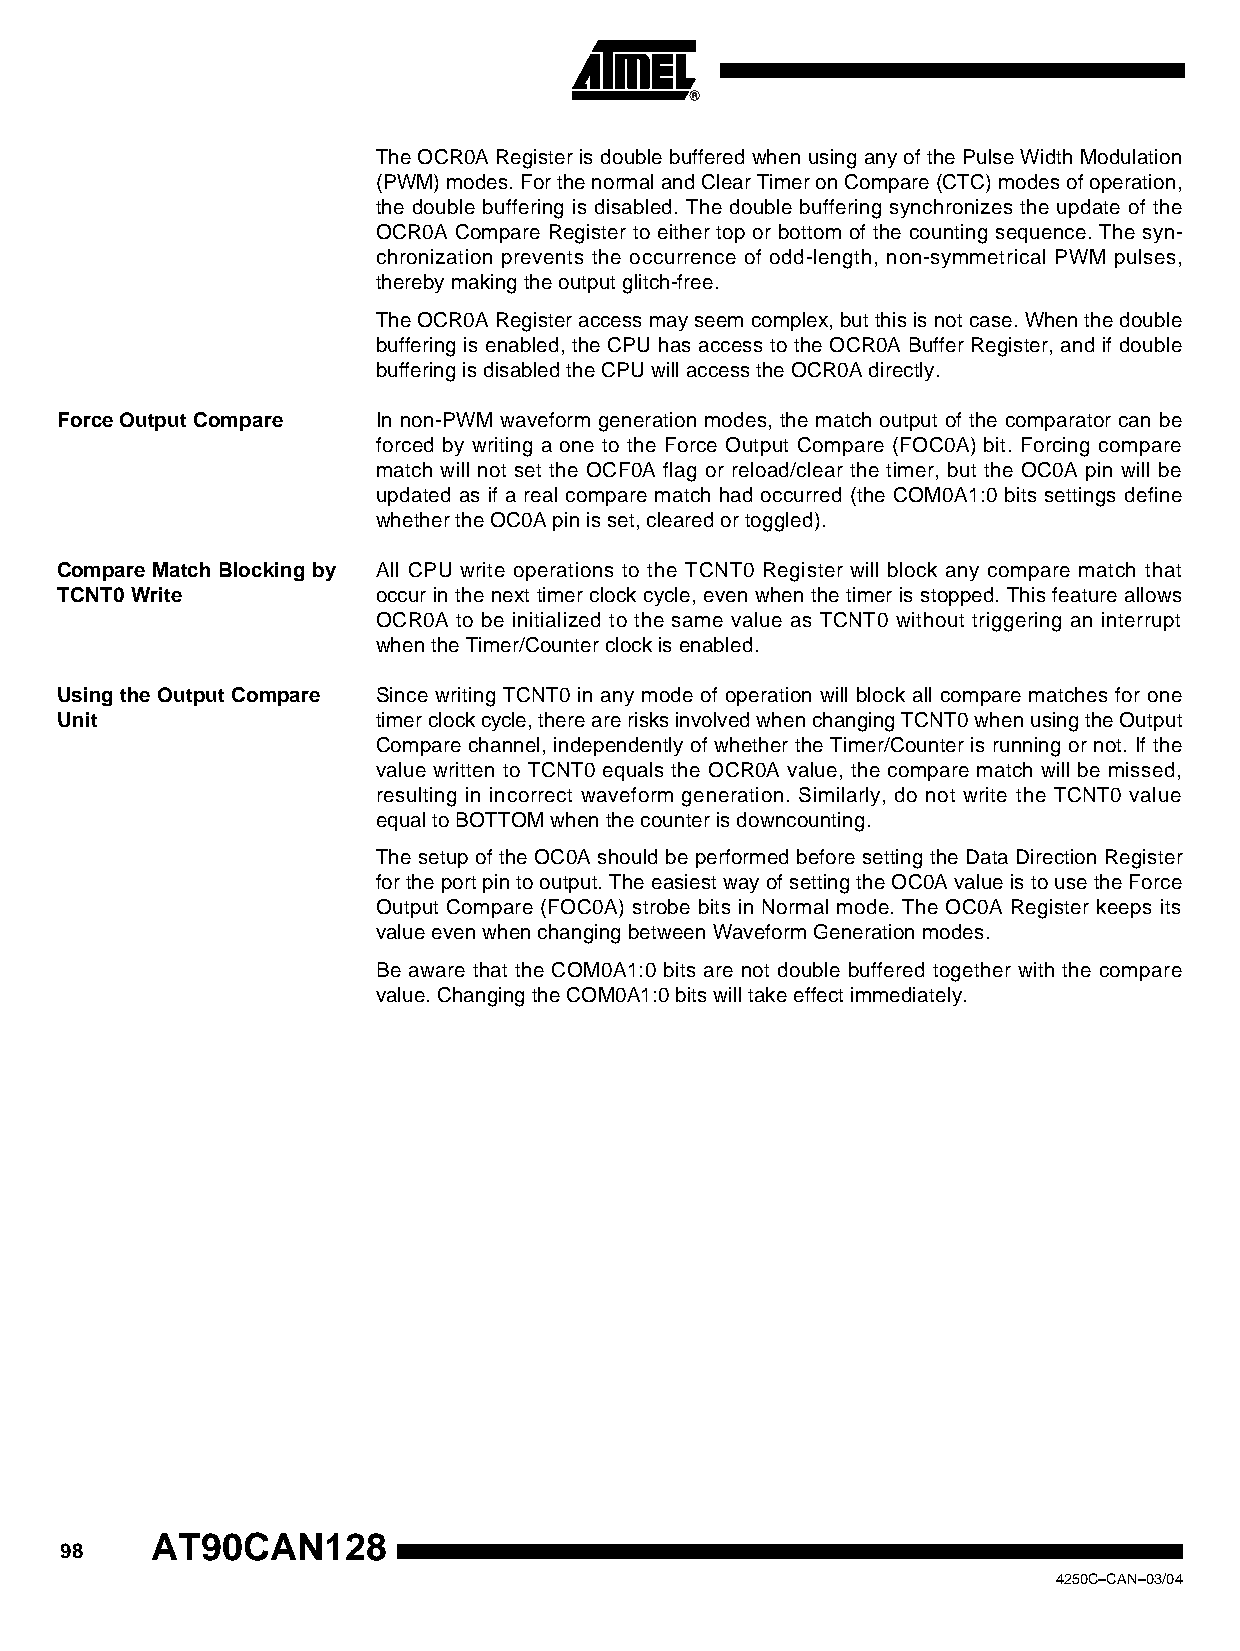
The OCR0A Register is double buffered when using any of the Pulse Width Modulation
 (PWM) modes. For the normal and Clear Timer on Compare (CTC) modes of operation,
 the double buffering is disabled. The double buffering synchronizes the update of the
 OCR0A Compare Register to either top or bottom of the counting sequence. The syn-
 chronization prevents the occurrence of odd-length, non-symmetrical PWM pulses,
 thereby making the output glitch-free.
 The OCR0A Register access may seem complex, but this is not case. When the double
 buffering is enabled, the CPU has access to the OCR0A Buffer Register, and if double
 buffering is disabled the CPU will access the OCR0A directly.
 Force Output Compare In non-PWM waveform generation modes, the match output of the comparator can be
 forced by writing a one to the Force Output Compare (FOC0A) bit. Forcing compare
 match will not set the OCF0A flag or reload/clear the timer, but the OC0A pin will be
 updated as if a real compare match had occurred (the COM0A1:0 bits settings define
 whether the OC0A pin is set, cleared or toggled).
 Compare Match Blocking by All CPU write operations to the TCNT0 Register will block any compare match that
 TCNT0 Write          occur in the next timer clock cycle, even when the timer is stopped. This feature allows
 OCR0A to be initialized to the same value as TCNT0 without triggering an interrupt
 when the Timer/Counter clock is enabled.
 Using the Output Compare Since writing TCNT0 in any mode of operation will block all compare matches for one
 Unit                 timer clock cycle, there are risks involved when changing TCNT0 when using the Output
 Compare channel, independently of whether the Timer/Counter is running or not. If the
 value written to TCNT0 equals the OCR0A value, the compare match will be missed,
 resulting in incorrect waveform generation. Similarly, do not write the TCNT0 value
 equal to BOTTOM when the counter is downcounting.
 The setup of the OC0A should be performed before setting the Data Direction Register
 for the port pin to output. The easiest way of setting the OC0A value is to use the Force
 Output Compare (FOC0A) strobe bits in Normal mode. The OC0A Register keeps its
 value even when changing between Waveform Generation modes.
 Be aware that the COM0A1:0 bits are not double buffered together with the compare
 value. Changing the COM0A1:0 bits will take effect immediately.
 AT90CAN128
 98
 4250C–CAN–03/04